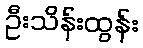
ဦးသိန်းထွန်း